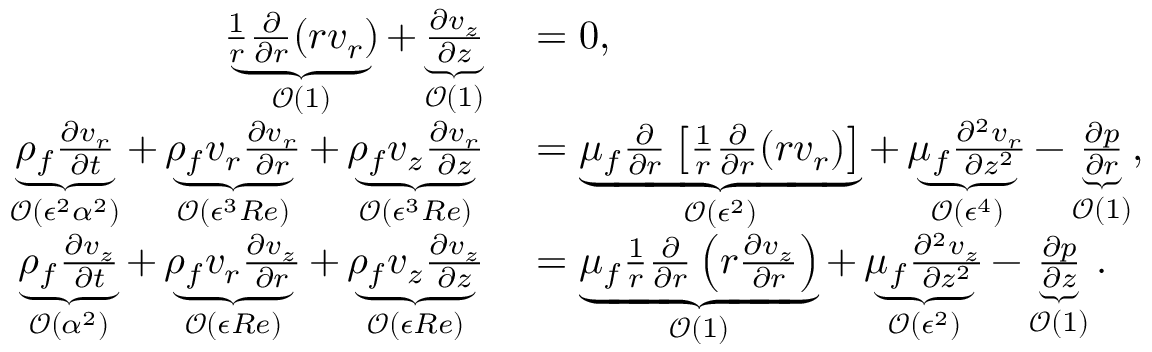
\begin{array} { r l } { \underbrace { \frac { 1 } { r } \frac { \partial } { \partial r } ( r v _ { r } ) } _ { \mathcal { O } ( 1 ) } + \underbrace { \frac { \partial v _ { z } } { \partial z } } _ { \mathcal { O } ( 1 ) } } & { { } = 0 , } \\ { \underbrace { \rho _ { f } \frac { \partial v _ { r } } { \partial t } } _ { \mathcal { O } ( \epsilon ^ { 2 } { \alpha } ^ { 2 } ) } + \underbrace { \rho _ { f } v _ { r } \frac { \partial v _ { r } } { \partial r } } _ { \mathcal { O } ( \epsilon ^ { 3 } R e ) } + \underbrace { \rho _ { f } v _ { z } \frac { \partial v _ { r } } { \partial z } } _ { \mathcal { O } ( \epsilon ^ { 3 } R e ) } } & { { } = \underbrace { \mu _ { f } \frac { \partial } { \partial r } \left[ \frac { 1 } { r } \frac { \partial } { \partial r } ( r v _ { r } ) \right] } _ { \mathcal { O } ( \epsilon ^ { 2 } ) } + \underbrace { \mu _ { f } \frac { \partial ^ { 2 } v _ { r } } { \partial z ^ { 2 } } } _ { \mathcal { O } ( \epsilon ^ { 4 } ) } - \underbrace { \frac { \partial p } { \partial r } } _ { \mathcal { O } ( 1 ) } , } \\ { \underbrace { \rho _ { f } \frac { \partial v _ { z } } { \partial t } } _ { \mathcal { O } ( { \alpha } ^ { 2 } ) } + \underbrace { \rho _ { f } v _ { r } \frac { \partial v _ { z } } { \partial r } } _ { \mathcal { O } ( \epsilon R e ) } + \underbrace { \rho _ { f } v _ { z } \frac { \partial v _ { z } } { \partial z } } _ { \mathcal { O } ( \epsilon R e ) } } & { { } = \underbrace { \mu _ { f } \frac { 1 } { r } \frac { \partial } { \partial r } \left( r \frac { \partial v _ { z } } { \partial r } \right) } _ { \mathcal { O } ( 1 ) } + \underbrace { \mu _ { f } \frac { \partial ^ { 2 } v _ { z } } { \partial z ^ { 2 } } } _ { \mathcal { O } ( \epsilon ^ { 2 } ) } - \underbrace { \frac { \partial p } { \partial z } } _ { \mathcal { O } ( 1 ) } . } \end{array}